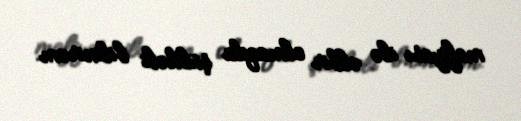
mafiyası ilə əlbir olmaqda şübhəli bilinirəm.